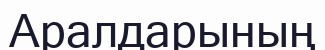
Аралдарының